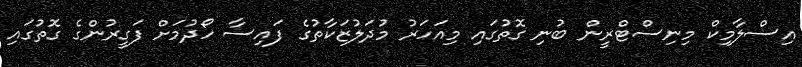
އިސްލާމިކް މިނިސްޓްރީން ބުނި ގޮތުގައި މިއަހަރު މުދަލުޒަކާތުގެ ފައިސާ ހޯދުމަށް ފަގީރުންގެ ގޮތުގައި